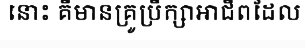
នោះ គឺមានគ្រូប្រឹក្សាអាជីពដែល